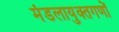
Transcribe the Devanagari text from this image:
मंडलायुक्तगणों